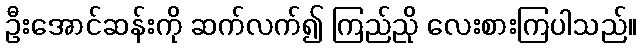
ဦးအောင်ဆန်းကို ဆက်လက်၍ ကြည်ညို လေးစားကြပါသည်။